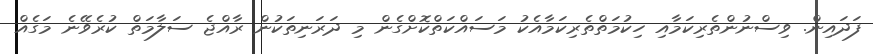
ފަދައިން. ވިސްނުންތެރިކަމާއި ހިކުމަތްތެރިކަމާއެކު މަސައްކަތްކޮށްގެން މި ދަރަނިތަކުން ރާއްޖެ ސަލާމަތް ކުރެވޭނެ މަގެއް